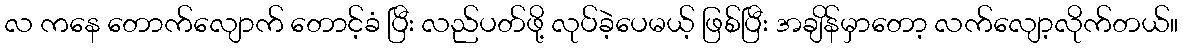
လ ကနေ တောက်လျောက် တောင့်ခံ ပြီး လည်ပတ်ဖို့ လုပ်ခဲ့ပေမယ့် ဖြစ်ပြီး အချိန်မှာတော့ လက်လျော့လိုက်တယ်။